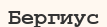
Бергиус